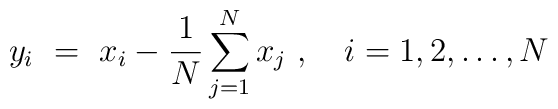
y_i\ =\ x_i - \frac{1}{N} \sum_{j=1}^N x_j\ ,\quad i=1,2,\ldots , N